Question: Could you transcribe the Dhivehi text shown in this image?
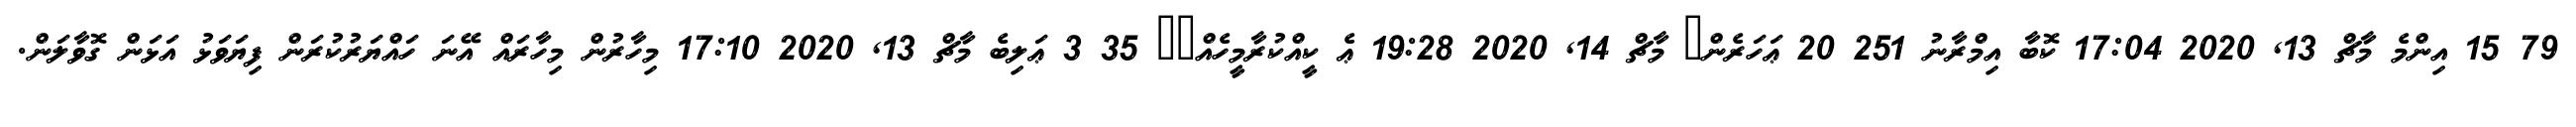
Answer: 79 15 އިންމެ މާޗް 13, 2020 17:04 ކޮބާ އިމްރާނު 251 20 ޢަހަރެން? މާޗް 14, 2020 19:28 ޢެ ކީއްކުރާމީހެއް?? 35 3 ޢަލިބެ މާޗް 13, 2020 17:10 މިހާރުން މިހާރައް އޭނަ ހައްޔަރުކުރަން ފިޔަވަޅު އަޅަން ގޮވާލަން.